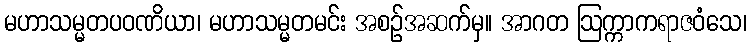
မဟာသမ္မတပဝဏိယာ၊ မဟာသမ္မတမင်း အစဉ်အဆက်မှ။ အာဂတ ဩက္ကာကရာဇဝံသေ၊